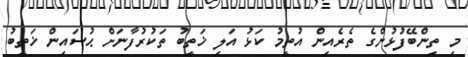
މި ތިންބޭފުޅުންގެ ތެރެއިން އުތީމު ކަޅު އަލި ޚަތީބު ތަކުރުފާނަށް ޙުސައިން ޚަތީބު